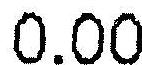
0.00